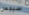
سيجعل